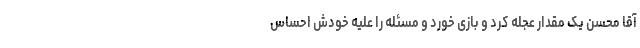
آقا محسن یک مقدار عجله کرد و بازی خورد و مسئله را علیه خودش احساس